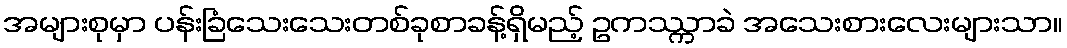
အများစုမှာ ပန်းခြံသေးသေးတစ်ခုစာခန့်ရှိမည့် ဥကဿ္ကာခဲ အသေးစားလေးများသာ။